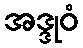
အဒ္ဒုဝံ